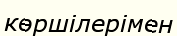
көршілерімен